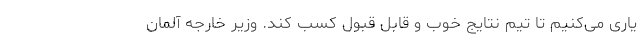
یاری می‌کنیم تا تیم نتایج خوب و قابل قبول کسب کند. وزیر خارجه آلمان